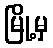
မြို့မှ